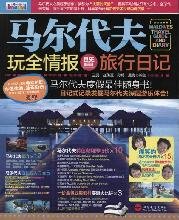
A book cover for full information cum play Maldives Travel Diary (Paperback); WANG RUI; Travel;